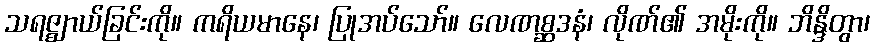
သရဇ္ဈာယ်ခြင်းကို။ ကရိယမာနေ၊ ပြုအပ်သော်။ လေဏစ္ဆဒနံ၊ လိုဏ်၏ အမိုးကို။ ဘိန္ဒိတွာ၊